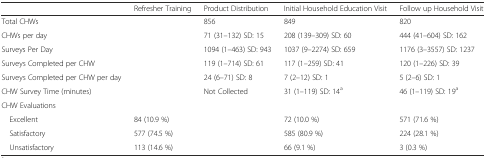
|  | Refresher Training | Product Distribution | Initial Household Education Visit | Follow up Household Visit |
 | --- | --- | --- | --- | --- |
 | Total CHWs |  | 856 | 849 | 820 |
 | CHWs per day |  | 71 (31–132) SD: 15 | 208 (139–309) SD: 60 | 444 (41–604) SD: 162 |
 | Surveys Per Day |  | 1094 (1–463) SD: 943 | 1037 (9–2274) SD: 659 | 1176 (3–3557) SD: 1237 |
 | Surveys Completed per CHW |  | 119 (1–714) SD: 61 | 117 (1–259) SD: 41 | 120 (1–226) SD: 39 |
 | Surveys Completed per CHW per day |  | 24 (6–71) SD: 8 | 7 (2–12) SD: 1 | 5 (2–6) SD: 1 |
 | CHW Survey Time (minutes) |  | Not Collected | 31 (1–119) SD: 14a | 46 (1–119) SD: 19a |
 | <COLSPAN=5> CHW Evaluations |
 | Excellent | 84 (10.9 %) |  | 72 (10.0 %) | 571 (71.6 %) |
 | Satisfactory | 577 (74.5 %) |  | 585 (80.9 %) | 224 (28.1 %) |
 | Unsatisfactory | 113 (14.6 %) |  | 66 (9.1 %) | 3 (0.3 %) |